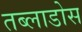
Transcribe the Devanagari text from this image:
तब्लाडोस